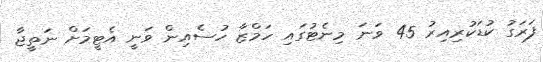
ފަރަގު ކުޑަކުރިއިރު 45 ވަނަ މިނެޓުގައި ހަމްޒާ ހުސެއިން ވަނީ އެޓީމަށް ނަތީޖާ